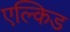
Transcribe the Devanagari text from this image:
एल्किड